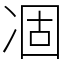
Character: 凅